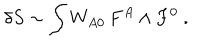
\delta S \sim \int W _ { A 0 } \, F ^ { A } \wedge F ^ { 0 } \ .